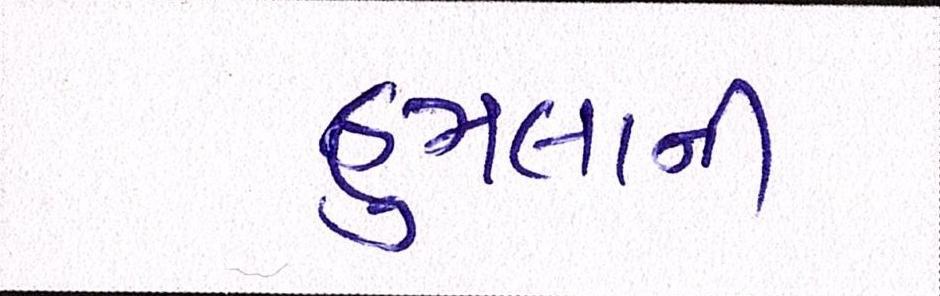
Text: હુમલાની